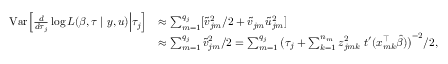
\begin{array} { r l } { { \mathrm { V a r } } \Big [ \frac { d } { d \tau _ { j } } \log L ( \beta , \tau \mid y , u ) \Big | \tau _ { j } \Big ] } & { \approx \sum _ { m = 1 } ^ { q _ { j } } [ \tilde { v } _ { j m } ^ { 2 } / 2 + \tilde { v } _ { j m } \tilde { u } _ { j m } ^ { 2 } ] } \\ & { \approx \sum _ { m = 1 } ^ { q _ { j } } \tilde { v } _ { j m } ^ { 2 } / 2 = \sum _ { m = 1 } ^ { q _ { j } } \big ( \tau _ { j } + \sum _ { k = 1 } ^ { n _ { m } } z _ { j m k } ^ { 2 } \; t ^ { \prime } ( x _ { m k } ^ { \top } \hat { \beta } ) \big ) ^ { - 2 } / 2 , } \end{array}